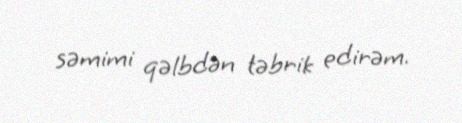
səmimi qəlbdən təbrik edirəm.